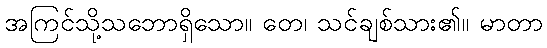
အကြင်သို့သဘောရှိသော။ တေ၊ သင်ချစ်သား၏။ မာတာ